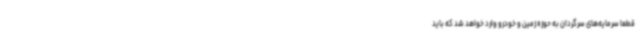
قطعاً سرمایه‌های سرگردان به حوزه زمین و خودرو وارد خواهد شد که باید